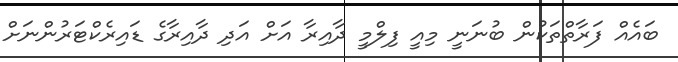
ބައެއް ފަރާތްތަކުން ބުނަނީ މިއީ ފިލްމީ ދާއިރާ އަށް އަދި ދާއިރާގެ ޑައިރެކްޓަރުންނަށް